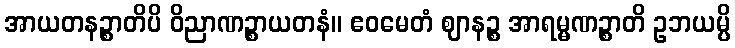
အာယတနဉ္စာတိပိ ဝိညာဏဉ္စာယတနံ။ ဧဝမေတံ ဈာနဉ္စ အာရမ္မဏဉ္စာတိ ဥဘယမ္ပိ